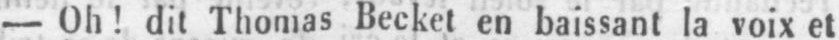
- Oh! dit Thomas Beckel en baissant la voix et